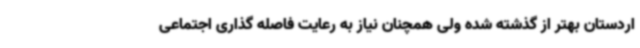
اردستان بهتر از گذشته شده ولی همچنان نیاز به رعایت فاصله گذاری اجتماعی